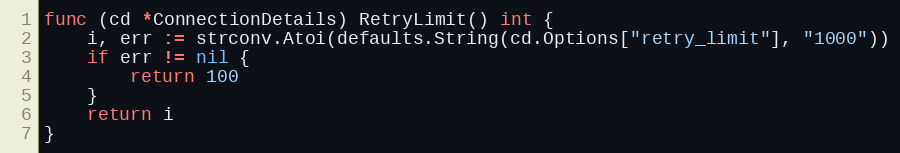
Language: Go
func (cd *ConnectionDetails) RetryLimit() int {
	i, err := strconv.Atoi(defaults.String(cd.Options["retry_limit"], "1000"))
	if err != nil {
		return 100
	}
	return i
}